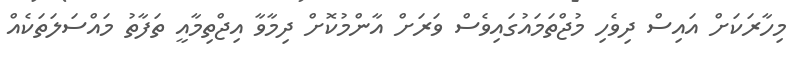
މިހާރަކަށް އައިސް ދިވެހި މުޖްތަމައުގައިވެސް ވަރަށް އާންމުކޮށް ދިމާވާ އިޖްތިމާއީ ތަފާތު މައްސަލަތަކެއް